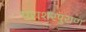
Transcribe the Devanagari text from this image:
पराशरपुराण